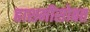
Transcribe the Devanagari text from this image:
हाशमीसोबत